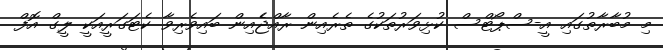
މި މުބާރާތުގައި އީ-ސްޕޯޓްސް ކުޅިވަރުތަކުގެ ތެރެއިން ރާއްޖެެއިން ބައިވެރިވާ ކެޓަގަރީއަކީ ލީގް އޮފް